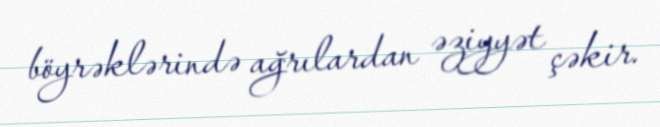
böyrəklərində ağrılardan əziyyət çəkir.